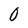
Character: 0